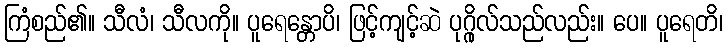
ကြံစည်၏။ သီလံ၊ သီလကို။ ပူရေန္တောပိ၊ ဖြင့်ကျင့်ဆဲ ပုဂ္ဂိုလ်သည်လည်း။ ပေ။ ပူရေတိ၊